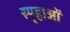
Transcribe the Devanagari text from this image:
स्पृहाओं